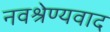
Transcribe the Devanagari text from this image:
नवश्रेण्यवाद